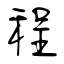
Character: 程